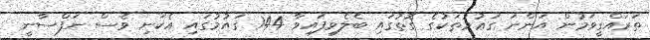
ތަރައްގީވަމުން އަންނަ ގަޢުމުތަކުގެ ގޮތުގައި ބެލެވިފައިވާ 144 ގައުމުގައި އެކަނި ވެސް ނަފްސާނީ